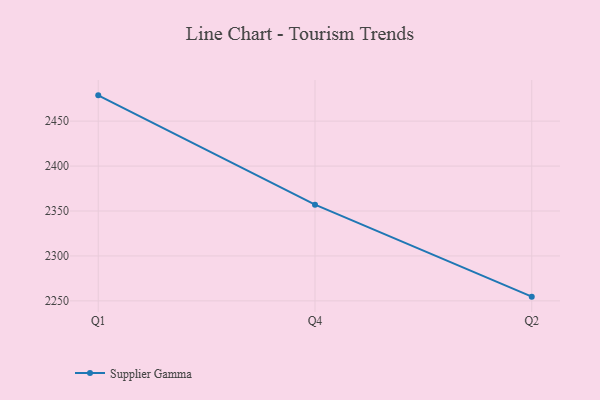
{"axis": {"x": "Quarter", "y": "Budget (USD K)"}, "legend": ["Supplier Gamma"], "data": [{"x": "Q1", "y": 2478.7, "type": "Supplier Gamma"}, {"x": "Q4", "y": 2357.1, "type": "Supplier Gamma"}, {"x": "Q2", "y": 2254.7, "type": "Supplier Gamma"}]}